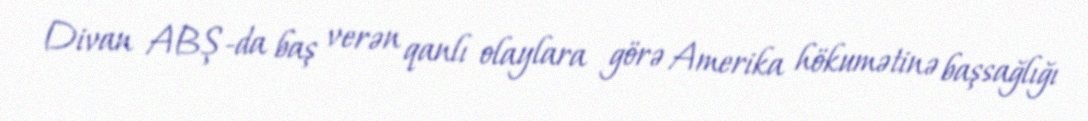
Divan ABŞ-da baş verən qanlı olaylara görə Amerika hökumətinə başsağlığı